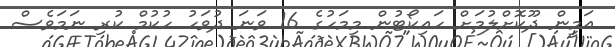
އަމީން ދޫކޮށްލުމަށް ހައިކޯޓުން މިމަހުގެ 16 ވަނަ ދުވަހު ހުކުމް ކުރި ނަމަވެސް